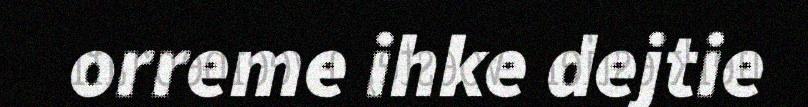
orreme ihke dejtie